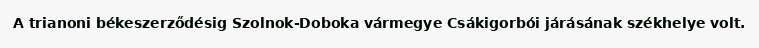
A trianoni békeszerződésig Szolnok-Doboka vármegye Csákigorbói járásának székhelye volt.